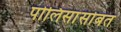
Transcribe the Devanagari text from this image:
पोलिसांसोबत